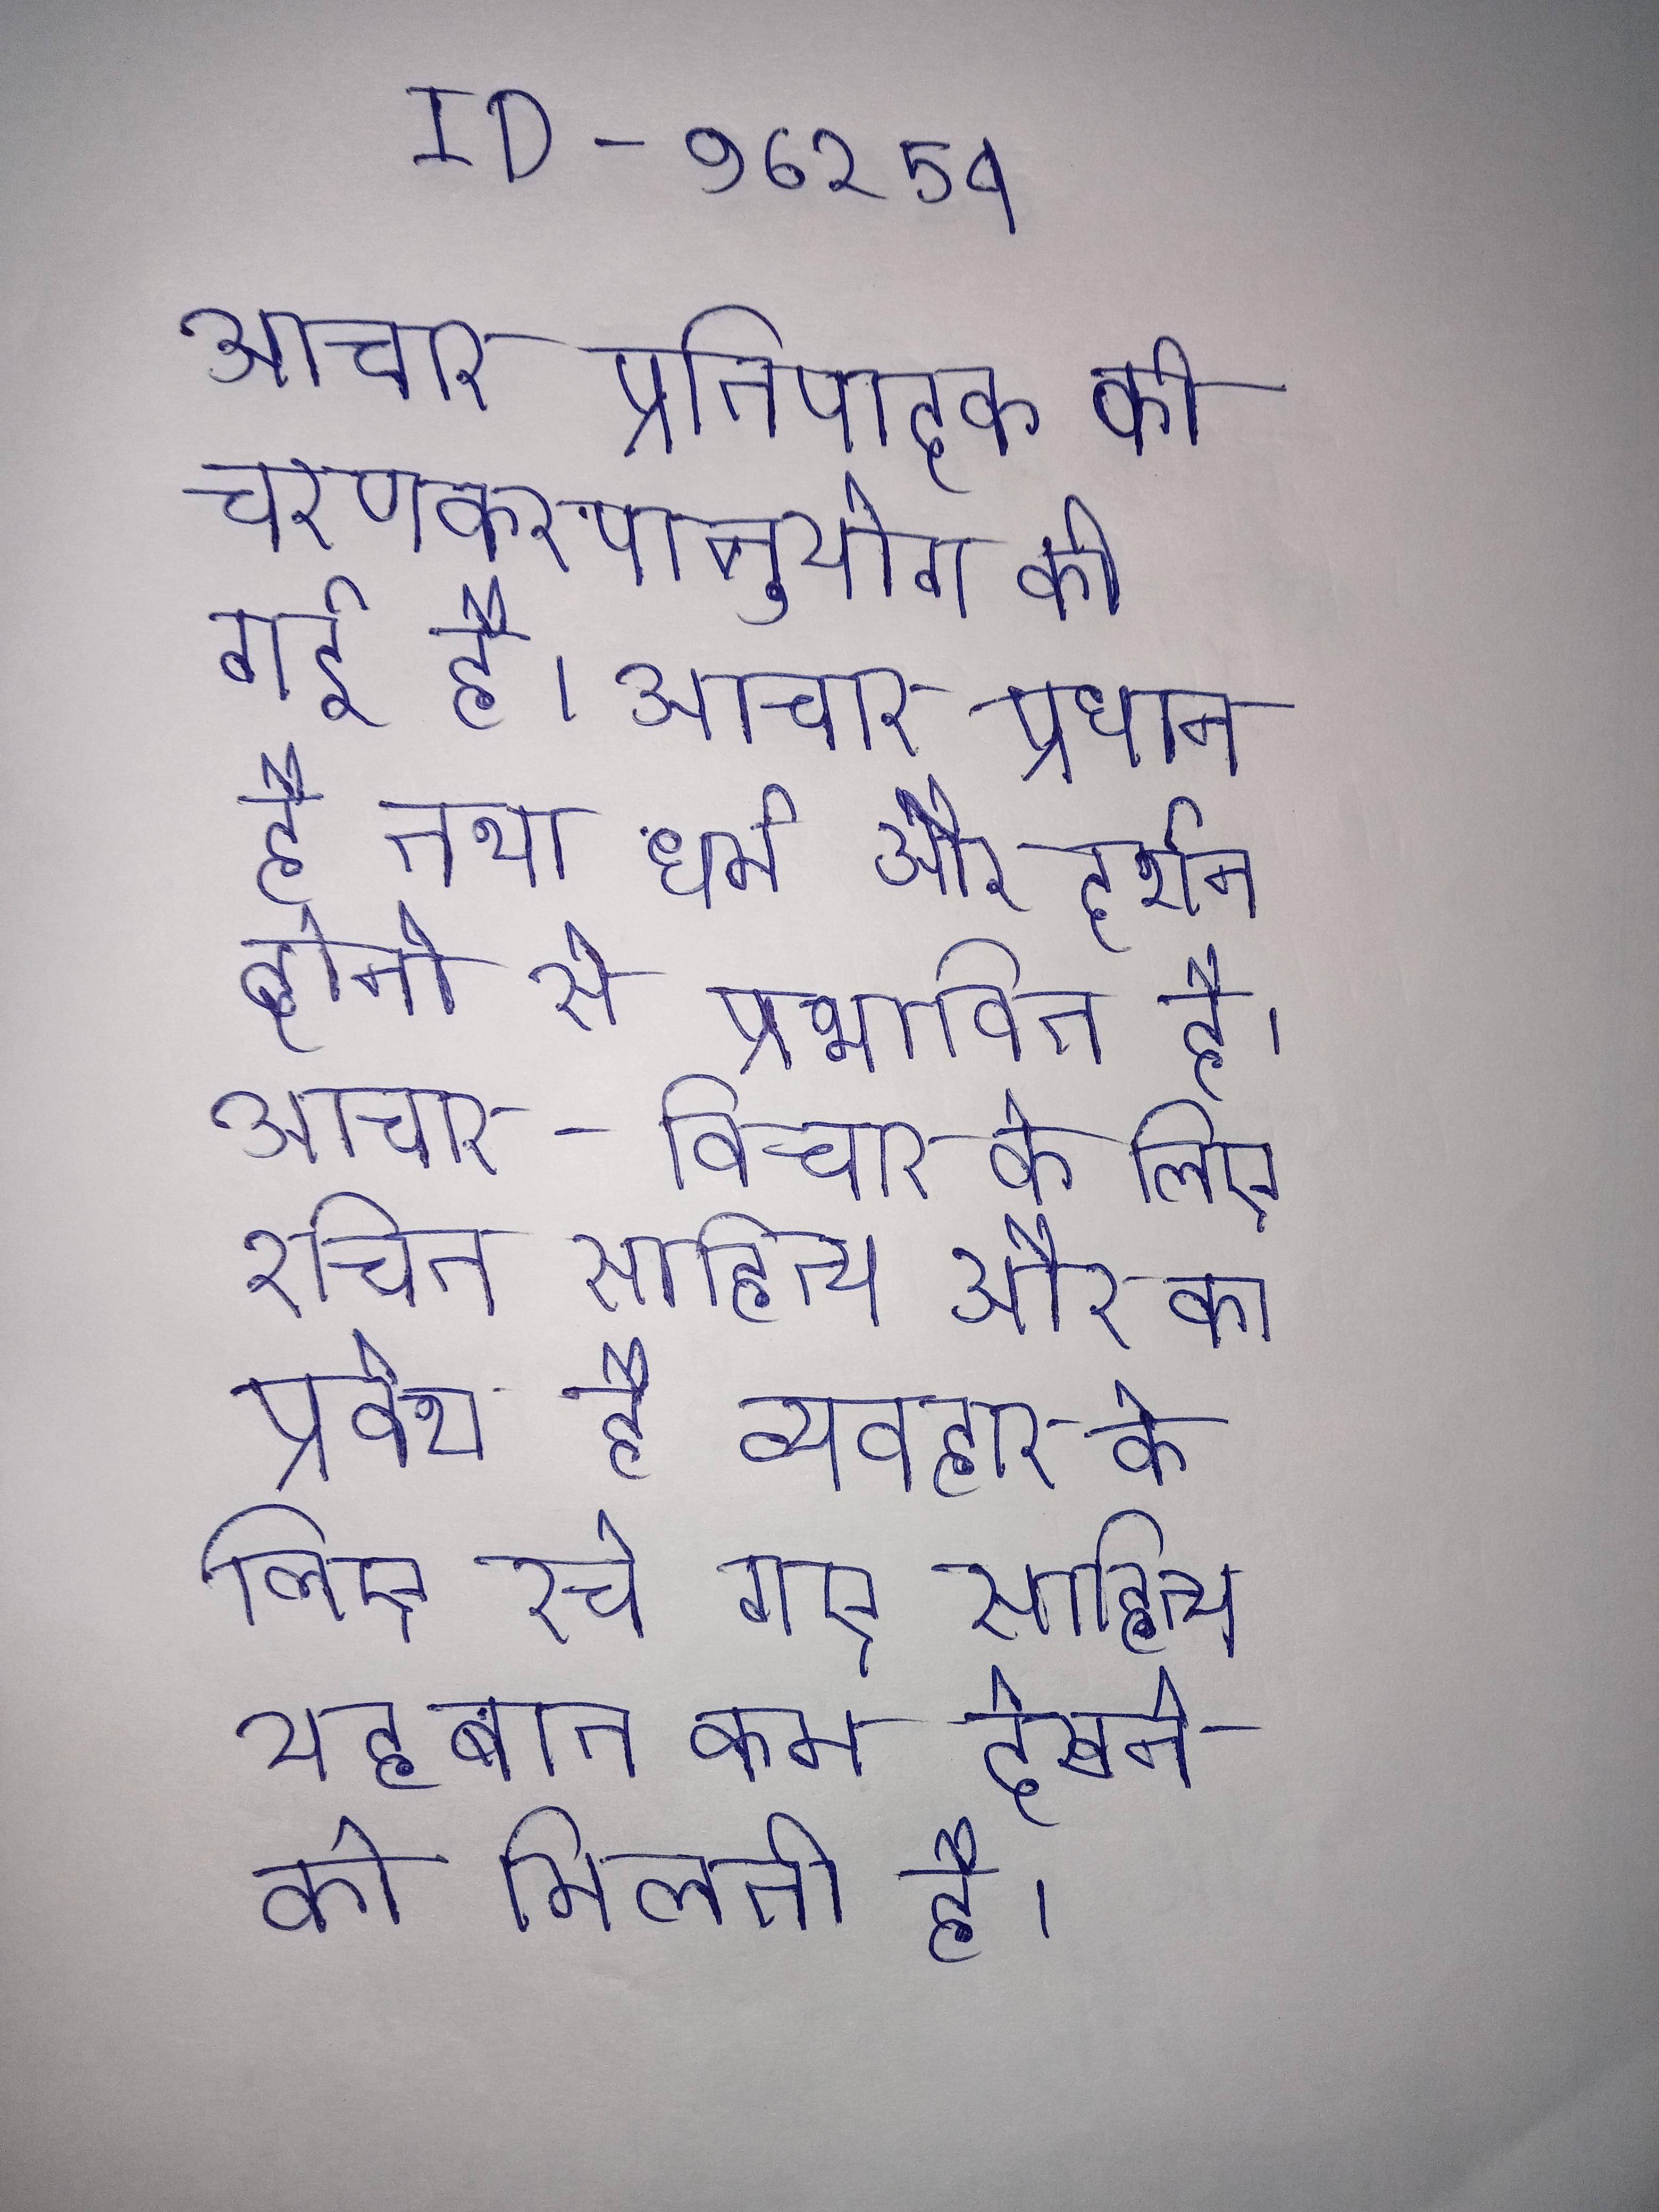
आचार प्रतिपादक की चरणकरणानुयोग की गई है । आचार प्रधान है तथा धर्म और दर्शन दोनो से प्रभावित है । आचार-विचार के लिए रचित साहित्य और का प्रवेश है व्यवहार के लिए रचे गए साहित्य यह बात कम देखने को मिलती है ।